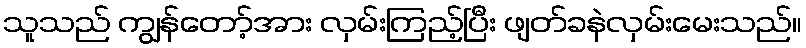
သူသည် ကျွန်တော့်အား လှမ်းကြည့်ပြီး ဖျတ်ခနဲလှမ်းမေးသည်။